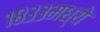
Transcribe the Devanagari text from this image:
१८३३मध्ये